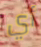
أي